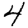
Digit: 4